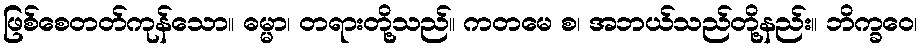
ဖြစ်စေတတ်ကုန်သော။ ဓမ္မာ၊ တရားတို့သည်။ ကတမေ စ၊ အဘယ်သည်တို့နည်း။ ဘိက္ခဝေ၊